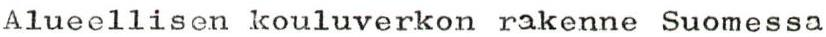
Alueellisen kouluverkon rakenne Suomessa